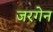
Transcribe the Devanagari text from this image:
जरगेन